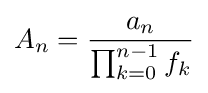
A_{n}={\frac {a_{n}}{\prod _{k=0}^{n-1}f_{k}}}